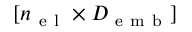
[ { n _ { \mathrm { ~ e ~ l ~ } } } \times { D _ { \mathrm { ~ e ~ m ~ b ~ } } } ]